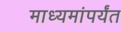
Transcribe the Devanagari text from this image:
माध्यमांपर्यंत